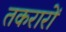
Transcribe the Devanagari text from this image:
तकरारों